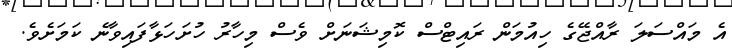
އެ މައްސަލަ ރާއްޖޭގެ ހިއުމަން ރައިޓްސް ކޮމިޝަނަށް ވެސް މިހާރު ހުށަހަޅާފައިވާނެ ކަމަށެވެ.